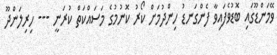
ވޭމަންޑޫގައި ބޮޑުވެފައިވާ ފެންގަނޑު ހިންދުމަށް ކޯރު ކޮނުމުގެ މަސައްކަތް ކުރަނީ --- ހިރިލަންދޫ